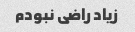
زیاد راضی نبودم